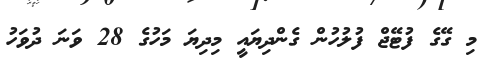
މި ގޭގެ ފުޓޭޖް ފުލުހުން ގެންދިޔައީ މިދިޔަ މަހުގެ 28 ވަނަ ދުވަހު